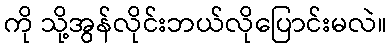
ကို သို့အွန်လိုင်းဘယ်လိုပြောင်းမလဲ။